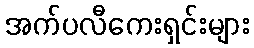
အက်ပလီကေးရှင်းများ